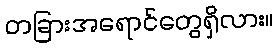
တခြားအရောင်တွေရှိလား။